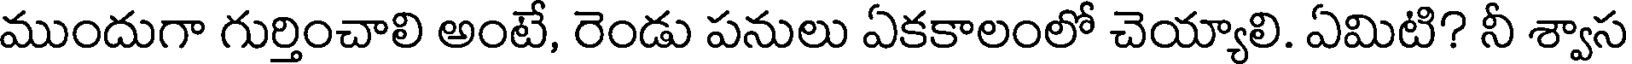
ముందుగా గుర్తించాలి అంటే, రెండు పనులు ఏకకాలంలో చెయ్యాలి. ఏమిటి? నీ శ్వాస